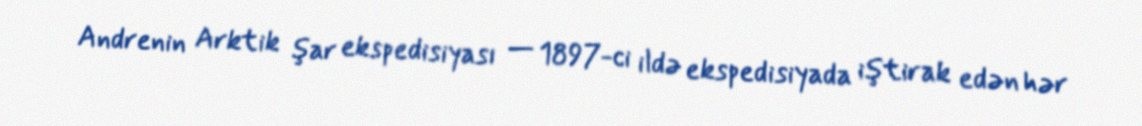
Andrenin Arktik şar ekspedisiyası — 1897-ci ildə ekspedisiyada iştirak edən hər